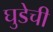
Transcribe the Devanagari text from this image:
घुडेची